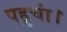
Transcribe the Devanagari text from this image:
पहुचां।